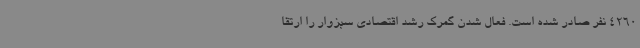
4260 نفر صادر شده است. فعال شدن گمرک رشد اقتصادی سبزوار را ارتقا